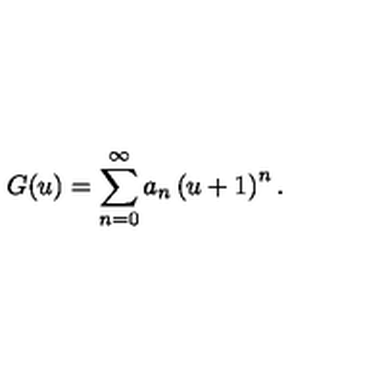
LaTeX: G ( u ) = \sum _ { n = 0 } ^ { \infty } a _ { n } \left( u + 1 \right) ^ { n } .